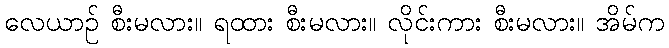
လေယာဉ် စီးမလား။ ရထား စီးမလား။ လိုင်းကား စီးမလား။ အိမ်က